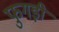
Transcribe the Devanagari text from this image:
फुगड़ी